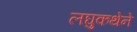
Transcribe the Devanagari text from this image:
लघुकथेने